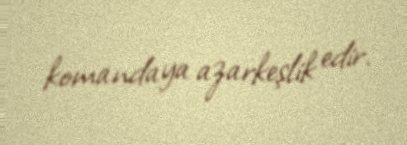
komandaya azarkeşlik edir.